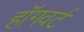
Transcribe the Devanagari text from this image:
हॉगवर्ट